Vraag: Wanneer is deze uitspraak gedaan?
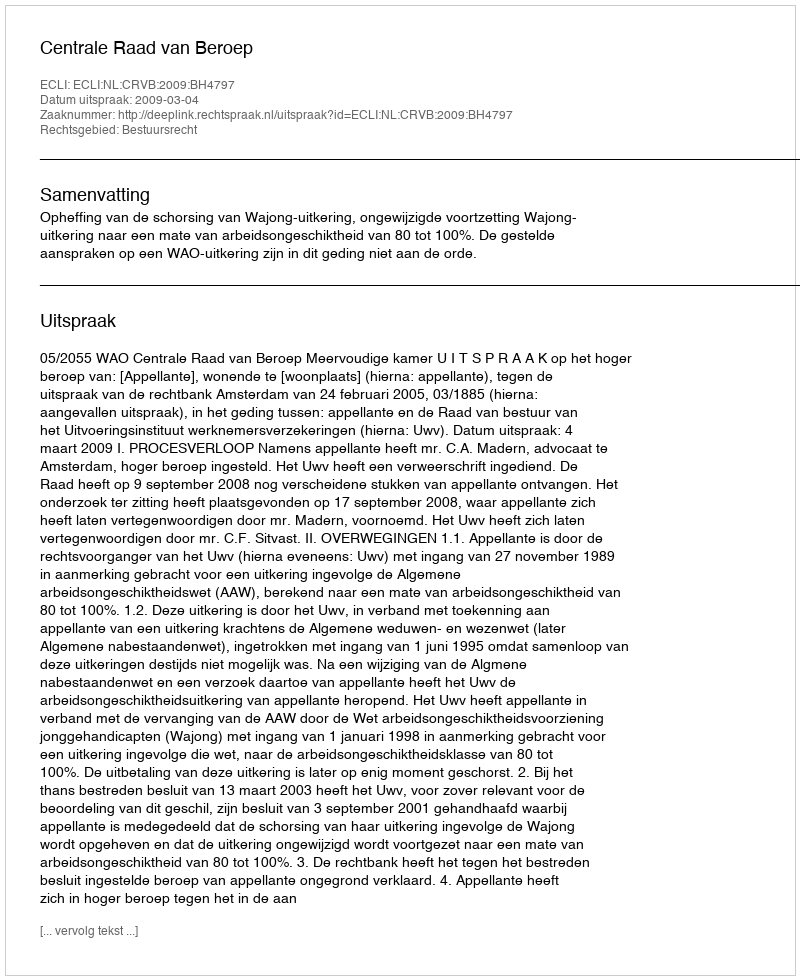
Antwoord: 2009-03-04